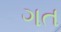
ગત